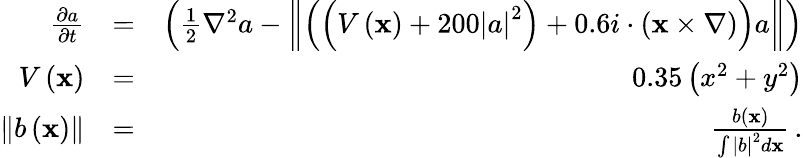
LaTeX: \begin{array}{rlr}{\frac{\partial a}{\partial t}}&{=}&{\left(\frac{1}{2}\nabla^{2}a-\left\Vert\left(\left(V\left(\mathbf{x}\right)+200\left|a\right|^{2}\right)+0.6i\cdot\left(\mathbf{x}\times\nabla\right)\right)a\right\Vert\right)}\\ {V\left(\mathbf{x}\right)}&{=}&{0.35\left(x^{2}+y^{2}\right)}\\ {\left\Vert b\left(\mathbf{x}\right)\right\Vert}&{=}&{\frac{b\left(\mathbf{x}\right)}{\int\left|b\right|^{2}d\mathbf{x}}\, .}\end{array}